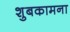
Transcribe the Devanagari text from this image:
शुबकामना